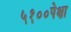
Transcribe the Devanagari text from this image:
५१००पेक्षा